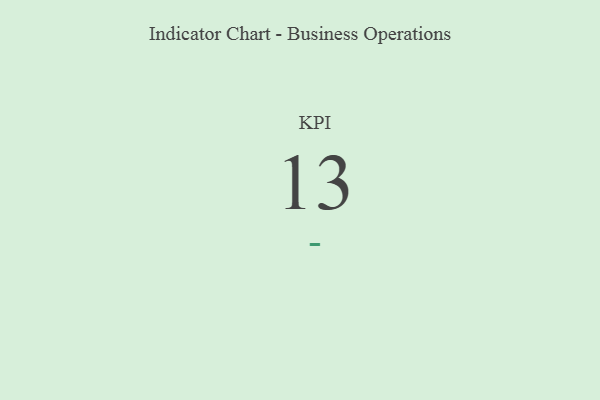
{"axis": {"x": "KPI", "y": "Value"}, "legend": [""], "data": [{"x": "KPI", "y": 13, "type": ""}]}